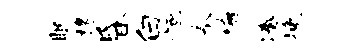
眠椽昏白恒奉稽凑挽